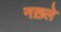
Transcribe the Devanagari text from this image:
नख़्ले